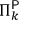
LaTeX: \Pi _ { k } ^ { \mathsf { P } }